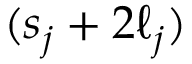
( s _ { j } + 2 \ell _ { j } )